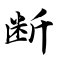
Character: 断